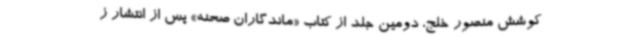
کوشش منصور خلج، دومین جلد از کتاب «ماندگاران صحنه» پس از انتشار ز